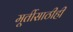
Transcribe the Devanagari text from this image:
मूर्तीसाठीही